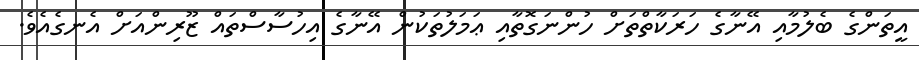
އީތަންގެ ބެލުމާއި އޭނާގެ ހަރަކާތްތަށް ހުންނަގޮތާއި ޢަމަލުތަކުން އޭނާގެ އިހުސާސްތައް ޒޫރިންއަށް އެނގެއެވެ.